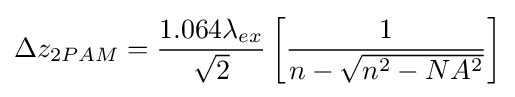
\Delta z_{2PAM}={\frac {1.064\lambda _{ex}}{\sqrt {2}}}\left[{\frac {1}{n-{\sqrt {n^{2}-NA^{2}}}}}\right]